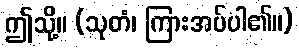
ဤသို့။ (သုတံ၊ ကြားအပ်ပါ၏။)